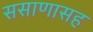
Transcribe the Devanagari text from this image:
ससाणासह